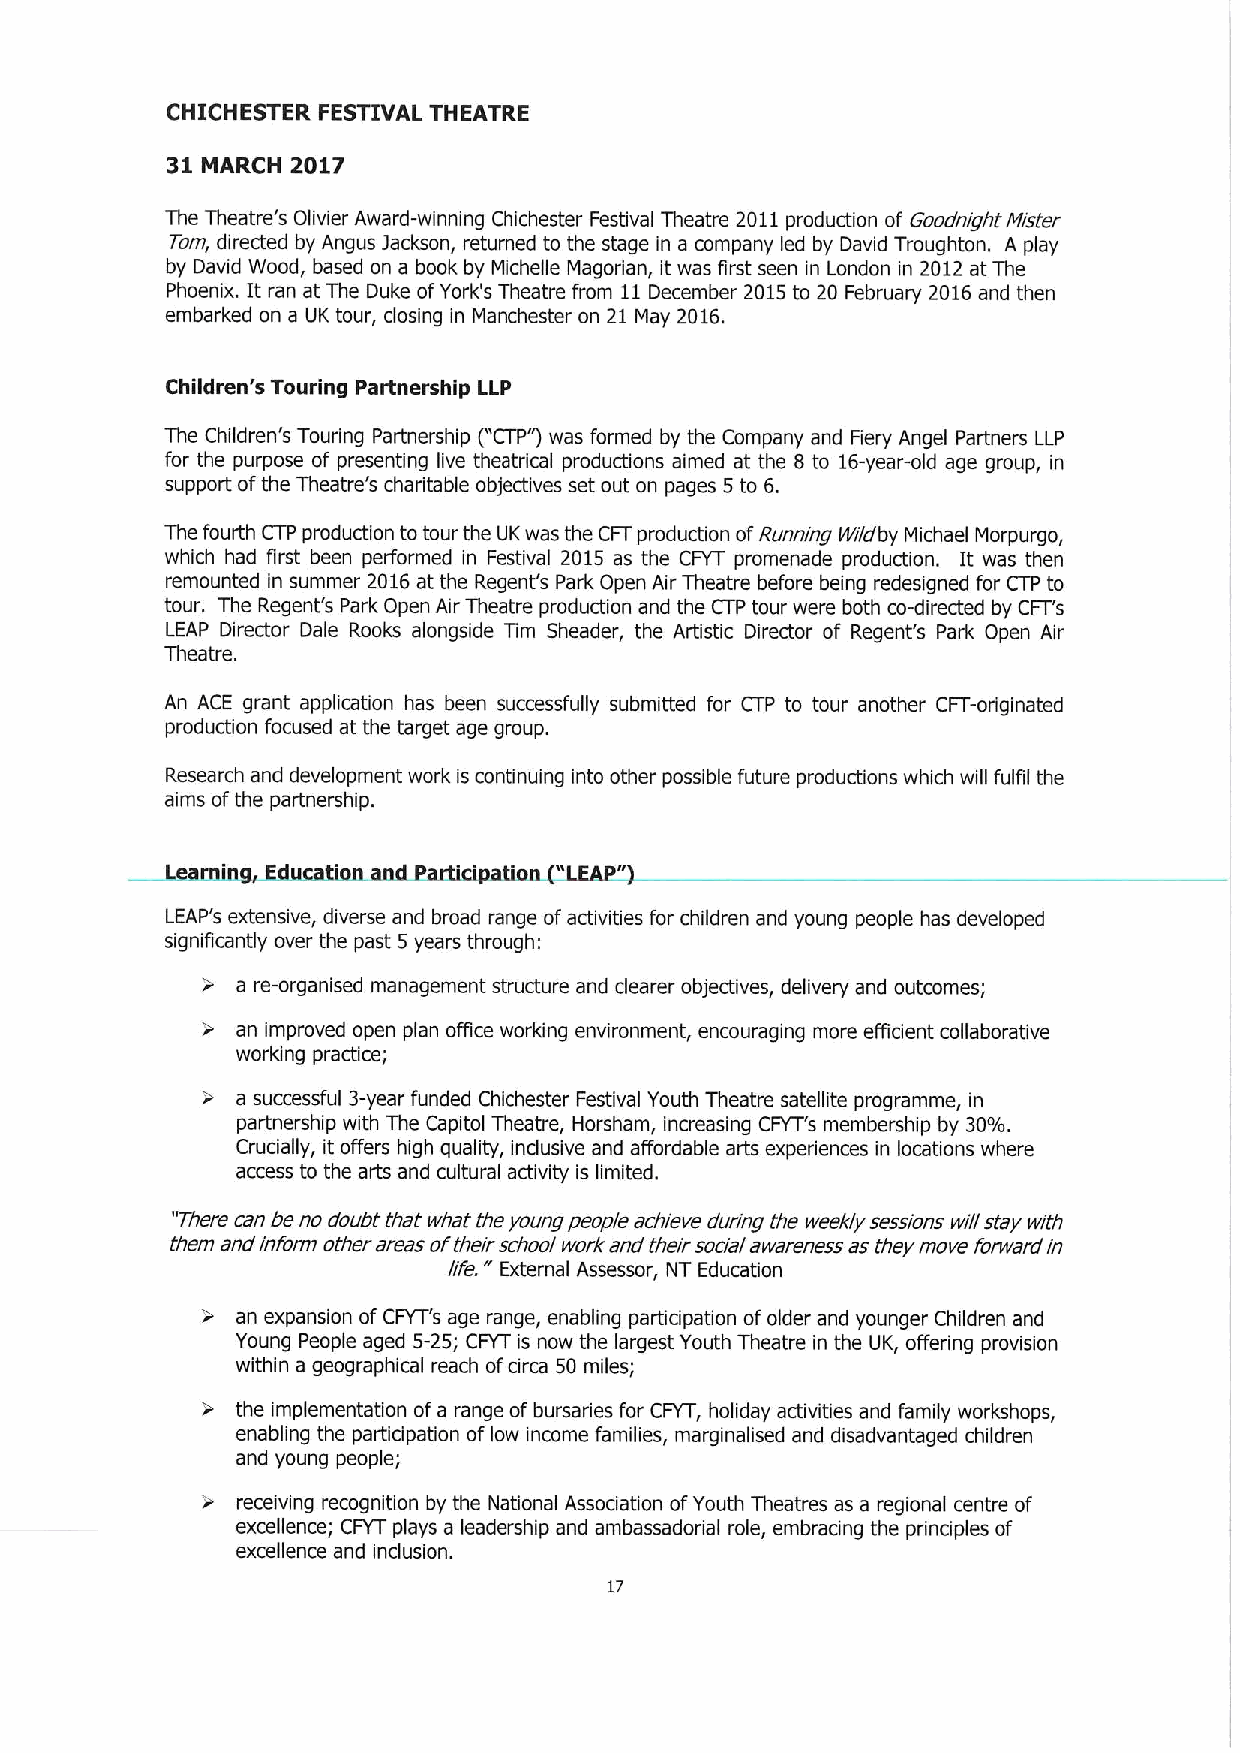
CHICHESTER FESTIVAL THEATRE
 31 MARCH 2017
 The Theatre's Olivier Award-winning Chichester Festival Theatre 2011production of Goodnight Mister
 Tom, directed by Angus jackson, returned to the stage in a company led by David Troughton. A play
 by David Wood, based on a book by Michelle Magorian, it was first seen in London in 2012 at The
 Phoenix. It ran at The Duke ofYork's Theatre from 11December 2015to 20 February 2016and then
 embarked on a UK tour, closing in Manchester on 21 May 2016.
 Children's Touring Partnership LLP
 The Children's Touring Partnership ("CTP")was formed by the Company and Fiery Angel Partners LLP
 for the purpose of presenting live theatrical productions aimed at the 8 to 16-year-old age group, in
 support ofthe Theatre's charitable objectives set out on pages 5to 6.
 The fourth CTP production to tour the UK was the CFTproduction ofRunning yyidby Michael Morpurgo,
 which had first been performed in Festival 2015 as the CFYT promenade production. It was then
 remounted in summer 2016at the Regent's Park Open Air Theatre before being redesigned for CTP to
 tour. The Regent's Park Open Air Theatre production and the CTP tour were both co-directed by CFT's
 LEAP Director Dale Rooks alongside Tim Sheader, the Artistic Director of Regent's Park Open Air
 Theatre.
 An ACE grant application has been successfully submitted for CTP to tour another CFT-originated
 production focused at the target age group.
 Research and development work is continuing into other possible future productions which will fulfil the
 aims ofthe partnership.
 ("
 Learning, Education and Participation LEAP")
 LEAP's extensive, diverse and broad range ofactivities for children and young people has developed
 significantly over the past 5 years through:
 a re-organised management structure and clearer objectives, delivery and outcomes;
 )
 an improved open plan office working environment, encouraging more efficient collaborative
 working practice;
 a successful 3-year funded Chichester Festival Youth Theatre satellite programme, in
 partnership with The Capitol Theatre, Horsham, increasing CFYT's membership by 30%.
 Crucially, it offers high quality, inclusive and affordable arts experiences in locations where
 access to the arts and cultural activity is limited.
 "There can be no doubt that what the young people achieve during the weekly sessions will stay with
 them andi nform other areas oftheir school work and their social awareness as they move forwardin
 life. External Assessor, NT Education
 an expansion of CFYT's age range, enabling participation ofolder and younger Children and
 Young People aged 5-25; CFYT is now the largest Youth Theatre in the UK, offering provision
 within a geographical reach ofcirca 50 miles;
 the implementation ofa range ofbursaries for CFYT, holiday activities and family workshops,
 enabling the participation oflow income families, marginalised and disadvantaged children
 and young people;
 receiving recognition by the National Association ofYouth Theatres as a regional centre of
 excellence; CFYT plays a leadership and ambassadorial role, embracing the principles of
 excellence and inclusion.